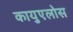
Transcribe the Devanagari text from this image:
कायुएलोस